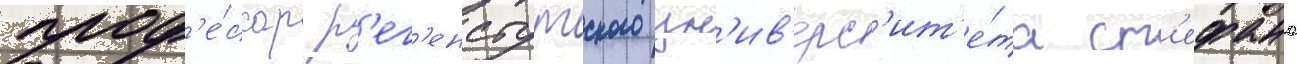
проф'е́ссор р'ег'енсбургского ун'ив'ерс'ит'е́та ст'ефано